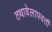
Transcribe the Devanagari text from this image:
तथावेलापवर्ती